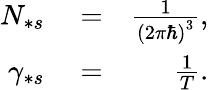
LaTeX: \begin{array}{rlr}{N_{\ast s}}&{{}=}&{\frac{1}{\left(2\pi\hbar\right)^{3}},}\\ {\gamma_{\ast s}}&{{}=}&{\frac{1}{T}.}\end{array}